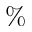
\%